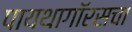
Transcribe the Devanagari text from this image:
पायथागॉरसचा